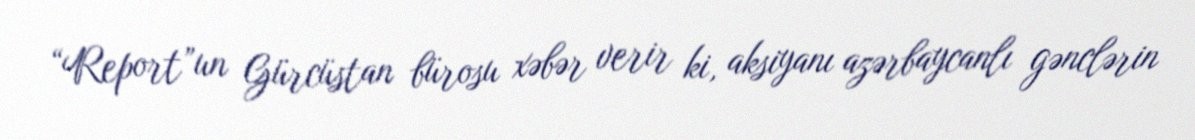
“Report”un Gürcüstan bürosu xəbər verir ki, aksiyanı azərbaycanlı gənclərin